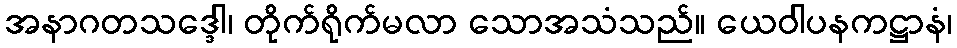
အနာဂတသဒ္ဒေါ၊ တိုက်ရိုက်မလာ သောအသံသည်။ ယေဝါပနကဋ္ဌာနံ၊